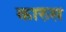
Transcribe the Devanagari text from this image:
कारुस